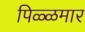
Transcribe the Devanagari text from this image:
पिळ्ळमार